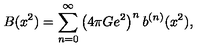
B ( x ^ { 2 } ) = \sum _ { n = 0 } ^ { \infty } \left( 4 \pi G e ^ { 2 } \right) ^ { n } b ^ { ( n ) } ( x ^ { 2 } ) ,